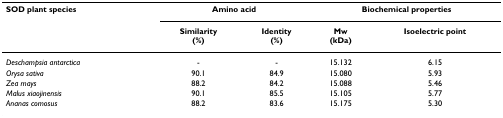
<table><thead><tr><td><b>SOD plant species</b></td><td colspan="2"><b>Amino acid</b></td><td colspan="2"><b>Biochemical properties</b></td></tr><tr><td></td><td><b>Similarity(%)</b></td><td><b>Identity(%)</b></td><td><b>Mw(kDa)</b></td><td><b>Isoelectric point</b></td></tr></thead><tbody><tr><td><i>Deschampsia antarctica</i></td><td>-</td><td>-</td><td>15.132</td><td>6.15</td></tr><tr><td><i>Orysa sativa</i></td><td>90.1</td><td>84.9</td><td>15.080</td><td>5.93</td></tr><tr><td><i>Zea mays</i></td><td>88.2</td><td>84.2</td><td>15.088</td><td>5.46</td></tr><tr><td><i>Malus xiaojinensis</i></td><td>90.1</td><td>85.5</td><td>15.105</td><td>5.77</td></tr><tr><td><i>Ananas comosus</i></td><td>88.2</td><td>83.6</td><td>15.175</td><td>5.30</td></tr></tbody></table>